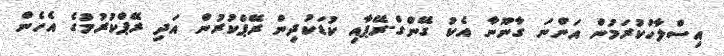
އިސްލާހުކުރަމުން އަންނަ ގާނޫނާ އެކު ގޭންގް-ރޭޕާއި ކުޑަކުދިން ރޭޕްކުރުން އަދި ރޭޕްކުރުމުގެ އެހެން